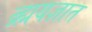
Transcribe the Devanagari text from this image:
ब्र्ह्मयज्ञात